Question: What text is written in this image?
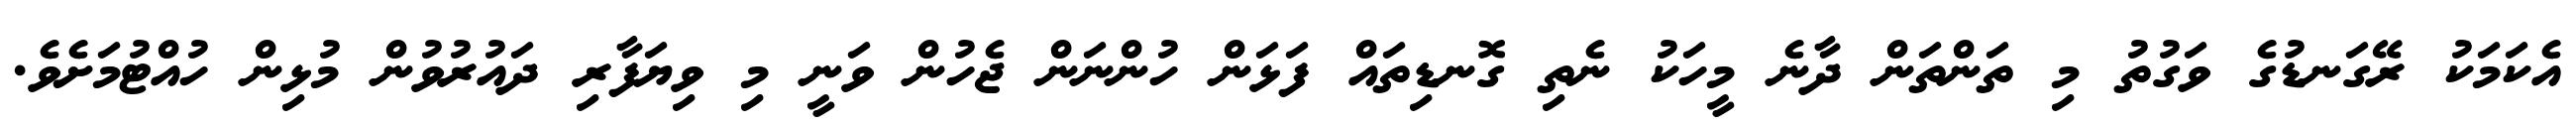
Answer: އެކަމަކު ރޭގަނޑުގެ ވަގުތު މި ތަންތަން ދާނެ މީހަކު ނެތި ގޮނޑިތައް ފަޅަން ހުންނަން ޖެހުން ވަނީ މި ވިޔަފާރި ދައުރުވުން މުޅިން ހުއްޓުމަށެވެ.